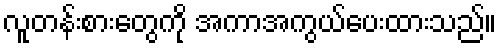
လူတန်းစားတွေကို အကာအကွယ်ပေးထားသည်။